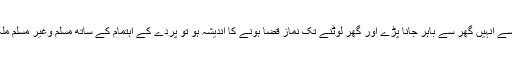
البتہ اگر کبھی کسی ضرورت کی وجہ سے انہیں گھر سے باہر جانا پڑے اور گھر لوٹنے تک نماز قضا ہونے کا اندیشہ ہو تو پردے کے اہتمام کے ساتھ مسلم وغیر مسلم ملک میں ایسی جگہ نماز ادا کرسکتی ہے۔